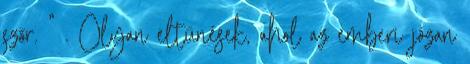
szőr. " . Olyan eltűnések, ahol az emberi józan